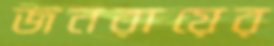
জনরায়ের